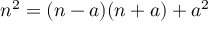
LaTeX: n ^ { 2 } = ( n - a ) ( n + a ) + a ^ { 2 }